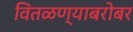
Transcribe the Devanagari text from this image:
वितळण्याबरोबर